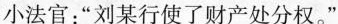
小法官：”刘某行使了财产处分权。”